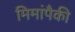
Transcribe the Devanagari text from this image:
मिमांपैकी